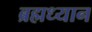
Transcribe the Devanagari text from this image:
ब्रह्मध्यान